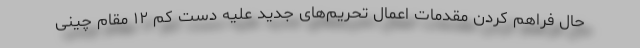
حال فراهم کردن مقدمات اعمال تحریم‌های جدید علیه دست کم ۱۲ مقام چینی